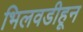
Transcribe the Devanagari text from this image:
भिलवडीहून